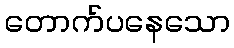
တောက်ပနေသော